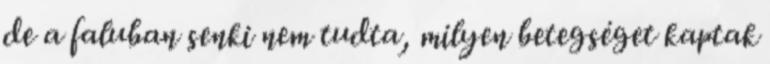
de a faluban senki nem tudta, milyen betegséget kaptak